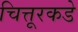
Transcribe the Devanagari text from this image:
चित्तूरकडे